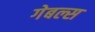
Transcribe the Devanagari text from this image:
गेबल्स